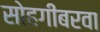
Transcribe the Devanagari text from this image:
सोहगीबरवा